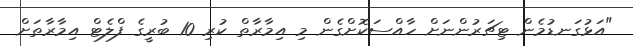
"އަޅުގަނޑުމެން ޓިޗަރުންނަށް ހާއްސަކޮށްގެން މި އިމާރާތް ކުރި 10 ބުރީގެ ފްލެޓް އިމާރާތަށް